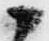
候